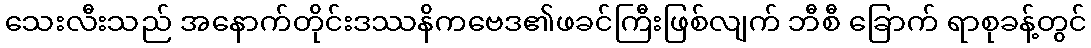
သေးလီးသည် အနောက်တိုင်းဒဿနိကဗေဒ၏ဖခင်ကြီးဖြစ်လျက် ဘီစီ ခြောက် ရာစုခန့်တွင်